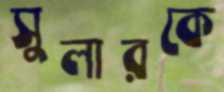
সুলারকে